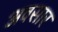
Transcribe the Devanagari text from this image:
अवसार